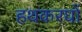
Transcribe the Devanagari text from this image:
हथकरघों